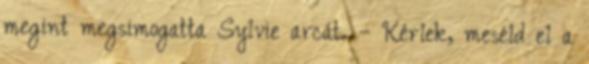
megint megsimogatta Sylvie arcát. – Kérlek, meséld el a